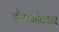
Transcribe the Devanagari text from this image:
डोमगांवकर